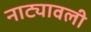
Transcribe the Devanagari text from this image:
नाट्यावली